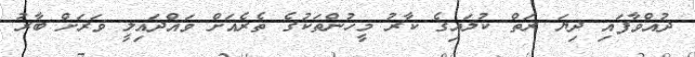
ދުއްވާފައި ދިޔަ ރަތް ކުލައިގެ ކާރު މީހުންތަކުގެ ތެރެއަށް ވައްދައިލީ ވަރަށް ބާރު